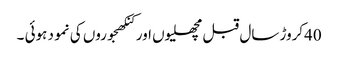
40کروڑ سال قبل مچھلیوں اور کنکھجوروں کی نمو د ہوئی ۔